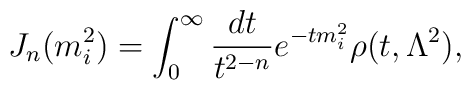
J_n(m^2_i)=\int^\infty_0\frac{dt}{t^{2-n}}e^{-tm^2_i}\rho    (t,\Lambda^2),